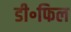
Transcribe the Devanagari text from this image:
डी॰फिल